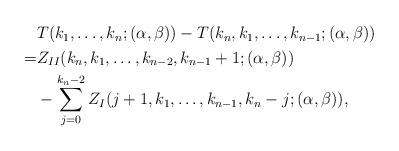
LaTeX: \begin{align*}\begin{aligned}&T(k_1,\ldots,k_n;(\alpha,\beta))-T(k_n,k_1,\ldots,k_{n-1};(\alpha,\beta))\\=&Z_{II}(k_n,k_1,\ldots,k_{n-2},k_{n-1}+1;(\alpha,\beta))\\&-\sum_{j=0}^{k_n-2}Z_{I}(j+1,k_1,\ldots,k_{n-1},k_n-j;(\alpha,\beta)),\end{aligned}\end{align*}